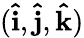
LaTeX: (\mathbf{\hat{i}},\mathbf{\hat{j}},\mathbf{\hat{k}})